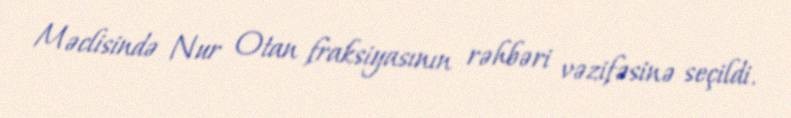
Məclisində Nur Otan fraksiyasının rəhbəri vəzifəsinə seçildi.